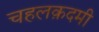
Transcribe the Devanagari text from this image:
चहलक़दमी